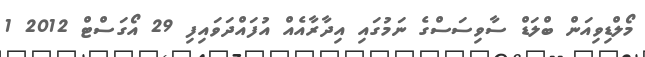
މޯލްޑިވިއަން ބްލަޑް ސާވިސަސްގެ ނަމުގައި އިދާރާއެއް އުފައްދަވައިފި 29 އޯގަސްޓް 2012 1